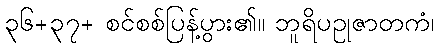
၃၆+၃၇+ စင်စစ်ပြန့်ပွား၏။ ဘူရိပဥုဇာတကံ၊